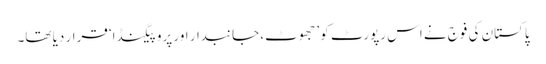
پاکستان کی فوج نے اس رپورٹ کو ’جھوٹ، جانبدار اور پروپیگنڈا‘ قرار دیا تھا۔